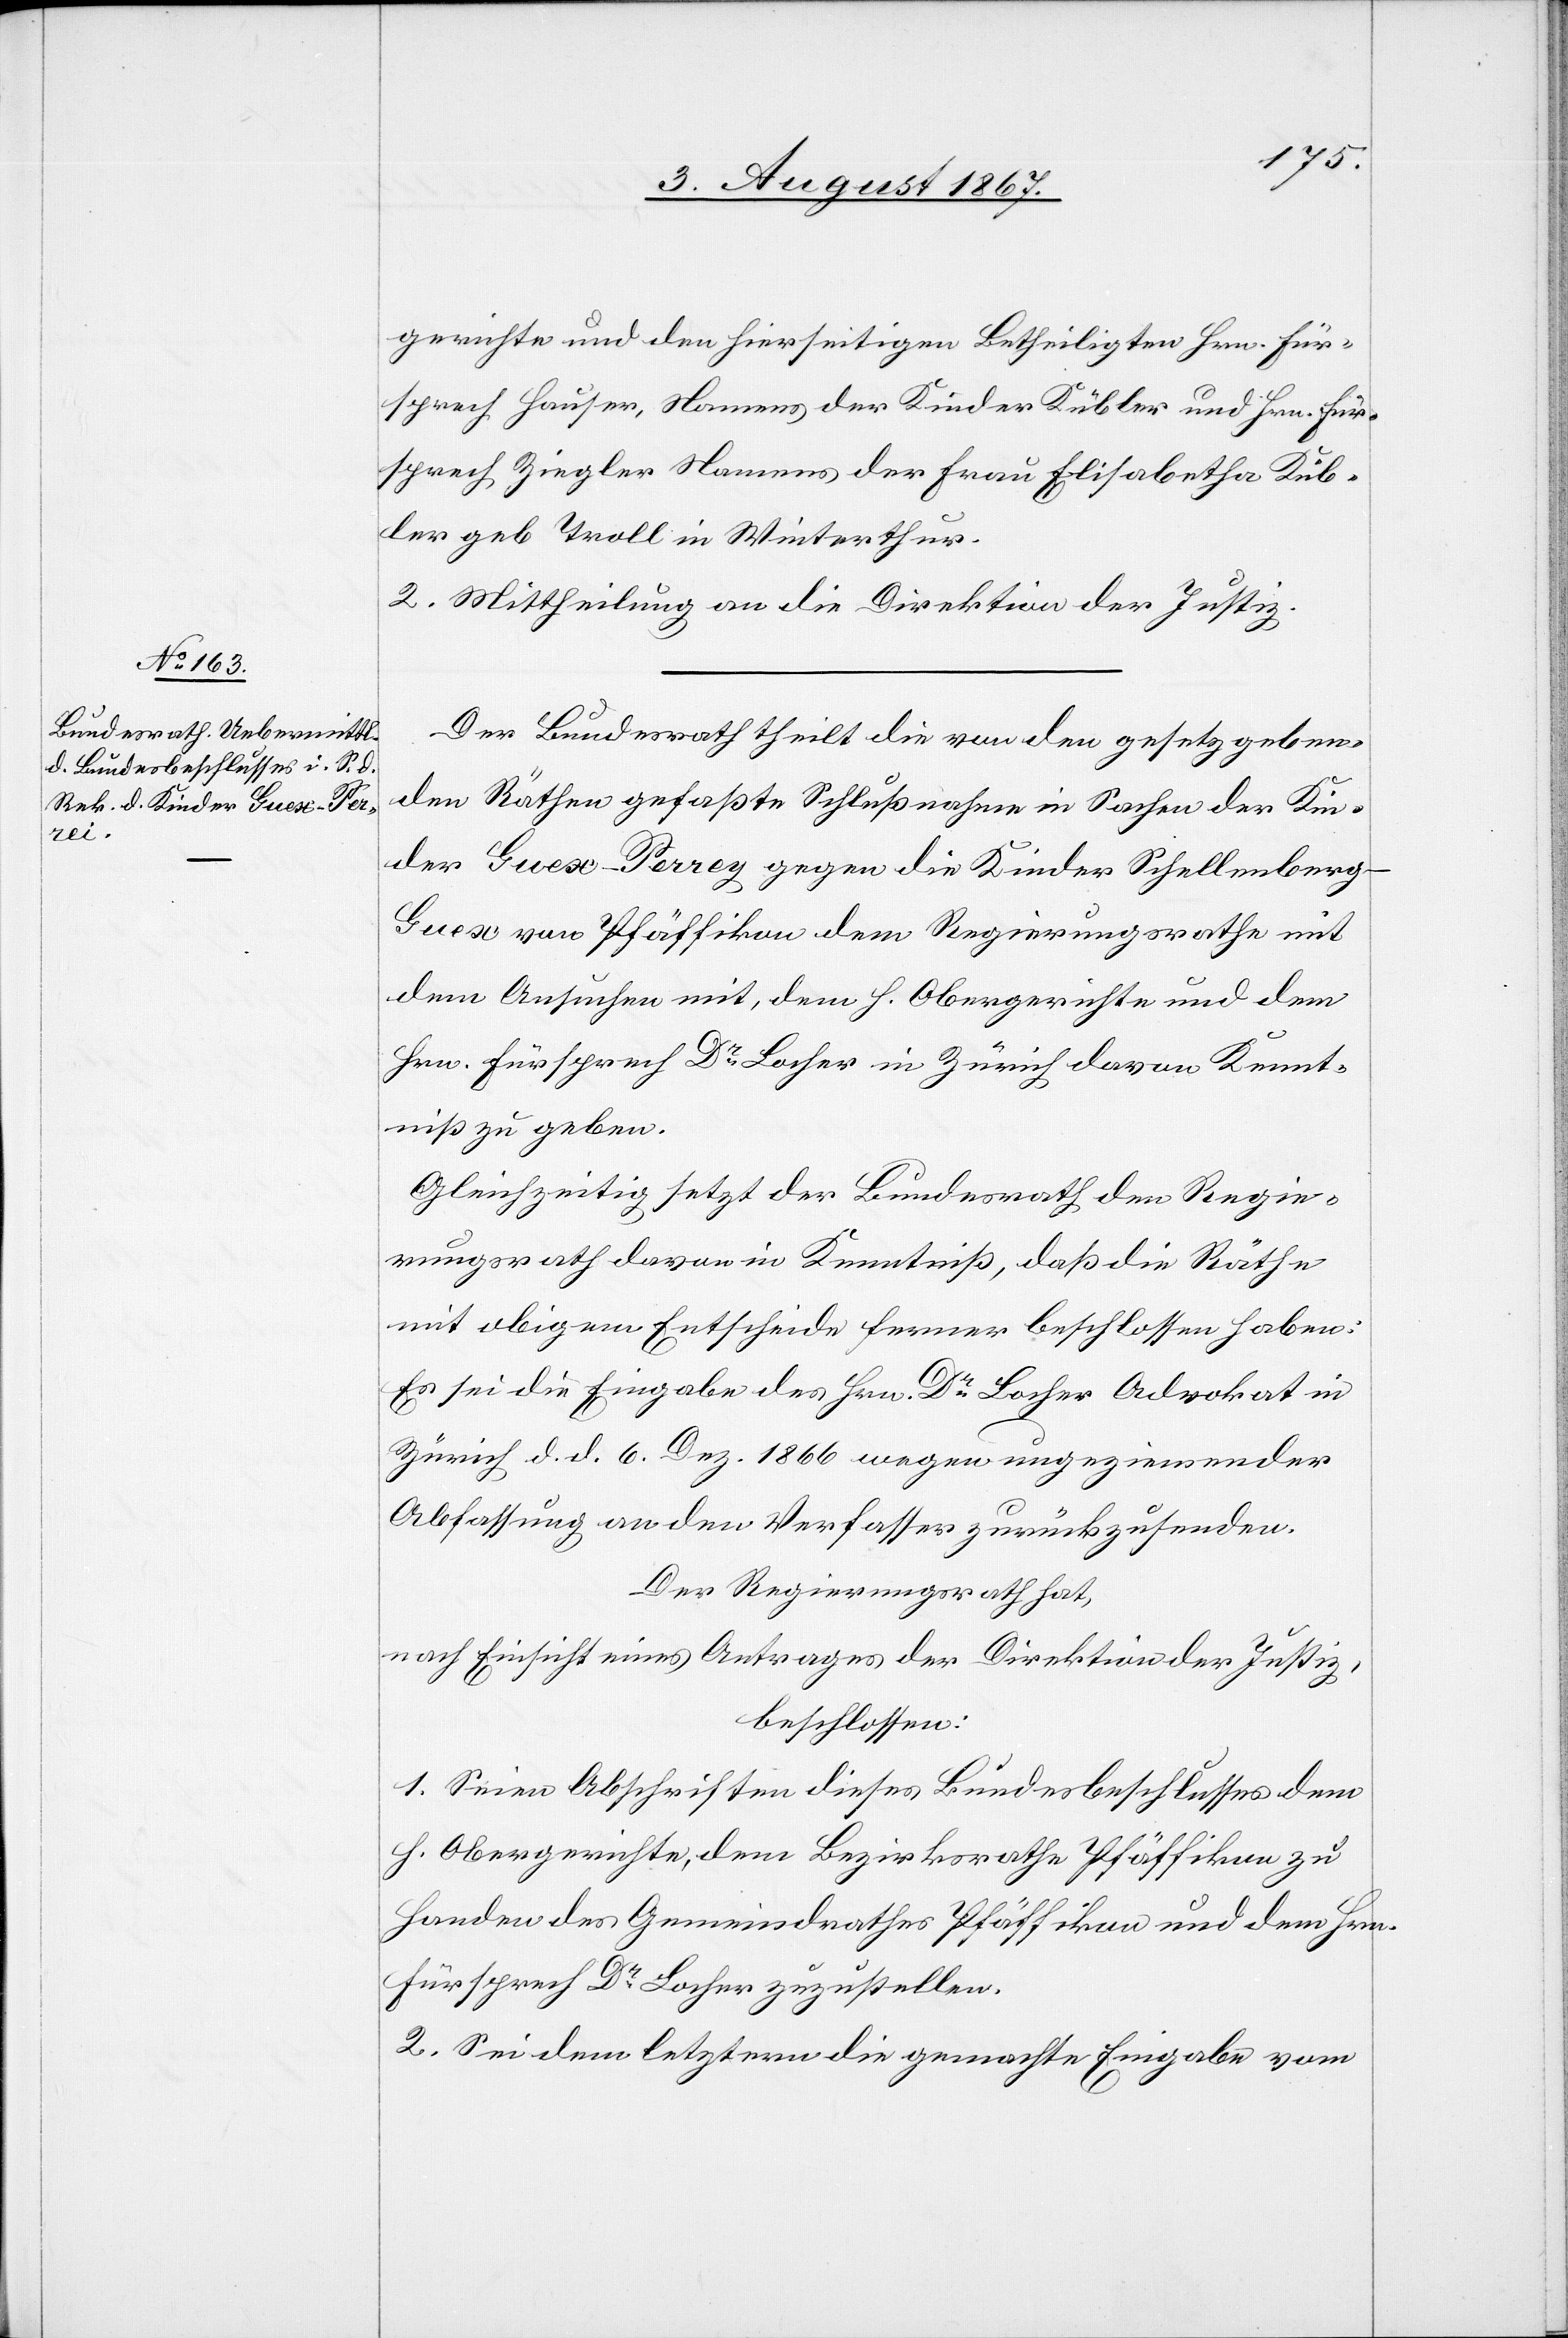
gerichte und den hierseitigen Betheiligten Hrn. Für¬
sprech Hauser, Namens der Kinder Kübler und Hrn. Für¬
sprech Ziegler Namens der Frau Elisabetha Küb¬
ler geb. Troll in Winterthur
2. Mittheilung an die Direktion der Justiz.
Der Bundesrath theilt die von den gesetzgeben¬
den Räthen gefaßte Schlußnahme in Sachen der Kin¬
der Guex-Perrey gegen die Kinder Schellenberg-G¬
uex von Pfäffikon dem Regierungsrathe mit
dem Ansuchen mit, dem h. Obergerichte und dem
Hrn. Fürsprech Dr. Locher in Zürich davon Kennt¬
niß zu geben.
Gleichzeitig setzt der Bundesrath den Regie¬
rungsrath davon in Kenntniß, daß die Räthe
mit obigem Entscheide ferner beschlossen haben:
Es sei die Eingabe des Hrn. Dr. Locher Advokat in
Zürich d. d. 6. Dez. 1866 wegen ungeziemender
Abfassung an den Verfasser zurückzusenden.
Der Regierungsrath hat,
nach Einsicht eines Antrages der Direktion der Justiz,
beschlossen:
1. Seien Abschriften dieses Bundesbeschlusses dem
h. Obergerichte, dem Bezirksrathe Pfäffikon zu
Handen des Gemeindrathes Pfäffikon und dem Hrn.
Fürsprech Dr. Locher zuzustellen.
2. Sei dem letztern die gemachte Eingabe vom